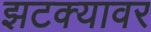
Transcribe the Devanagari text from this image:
झटक्यावर